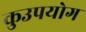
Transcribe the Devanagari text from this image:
कुउपयोग